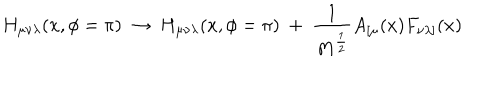
H _ { \mu \nu \lambda } ( x , \phi = \pi ) ~ \rightarrow ~ H _ { \mu \nu \lambda } ( x , \phi = \pi ) ~ + ~ \frac { 1 } { M ^ { \frac { 1 } { 2 } } } A _ { [ \mu } ( x ) F _ { \nu \lambda ] } ( x )